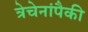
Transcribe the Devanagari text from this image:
त्रेचेनांपैकी